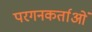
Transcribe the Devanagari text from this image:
परगनकर्ताओं